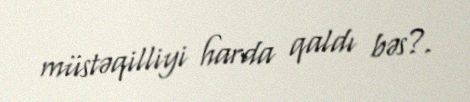
müstəqilliyi harda qaldı bəs?.